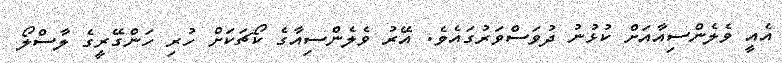
އެއީ ވެލެންސިއާއަށް ކުޅުނު ދުވަސްވަރުގައެވެ. އޭރު ވެލެންސިއާގެ ކޯޗަކަށް ހުރި ހަންގޭރީގެ ލާސްލޯ